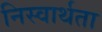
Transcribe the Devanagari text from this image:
निस्वार्थता